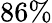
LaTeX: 86\%